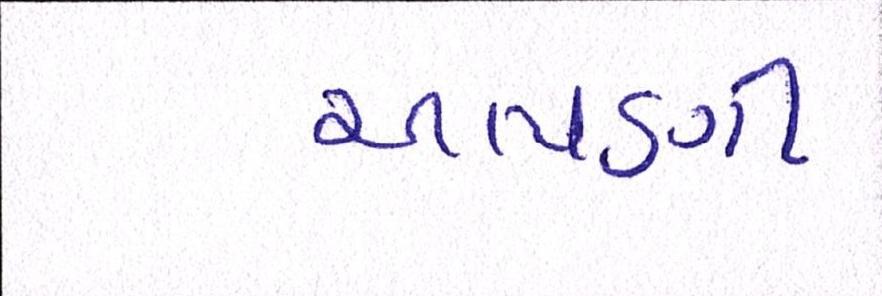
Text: આપણી